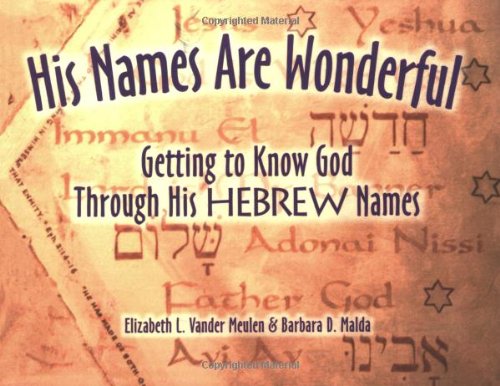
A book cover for His Names Are Wonderful: Getting to Know God Through His Hebrew Names; Elizabeth L. Vander Meulen; Christian Books & Bibles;